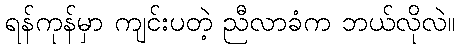
ရန်ကုန်မှာ ကျင်းပတဲ့ ညီလာခံက ဘယ်လိုလဲ။